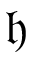
\mathfrak { h }